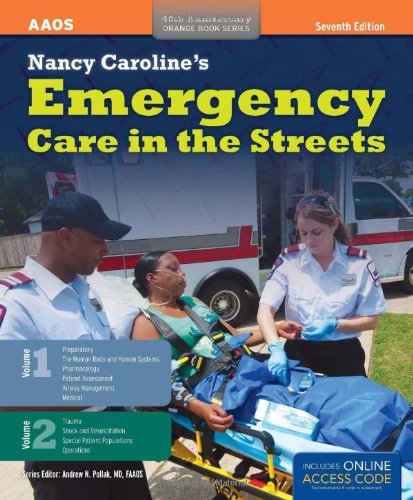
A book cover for Nancy Caroline's Emergency Care In The Streets (2 Volume set) (Orange Book, 40th Anniversary); American Academy of Orthopaedic Surgeons (AAOS); Medical Books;